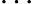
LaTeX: \dots